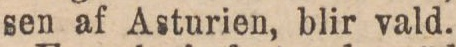
sen af Asturien, blir vald.